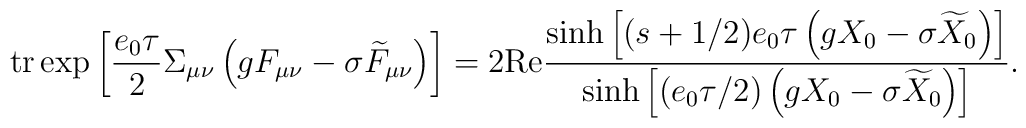
\mbox{tr}\exp \left[ \frac{e_0\tau }2\Sigma _{\mu \nu }\left(gF_{\mu \nu }-\sigma \widetilde{F}_{\mu \nu }\right) \right]=2\mbox{Re}\frac{\sinh \left[ (s+1/2)e_0\tau \left( gX_0-\sigma\widetilde{X}_0\right) \right] } {\sinh \left[ \left( e_0\tau/2\right) \left( gX_0-\sigma \widetilde{X} _0\right) \right] }.